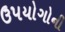
ઉપયોગોની